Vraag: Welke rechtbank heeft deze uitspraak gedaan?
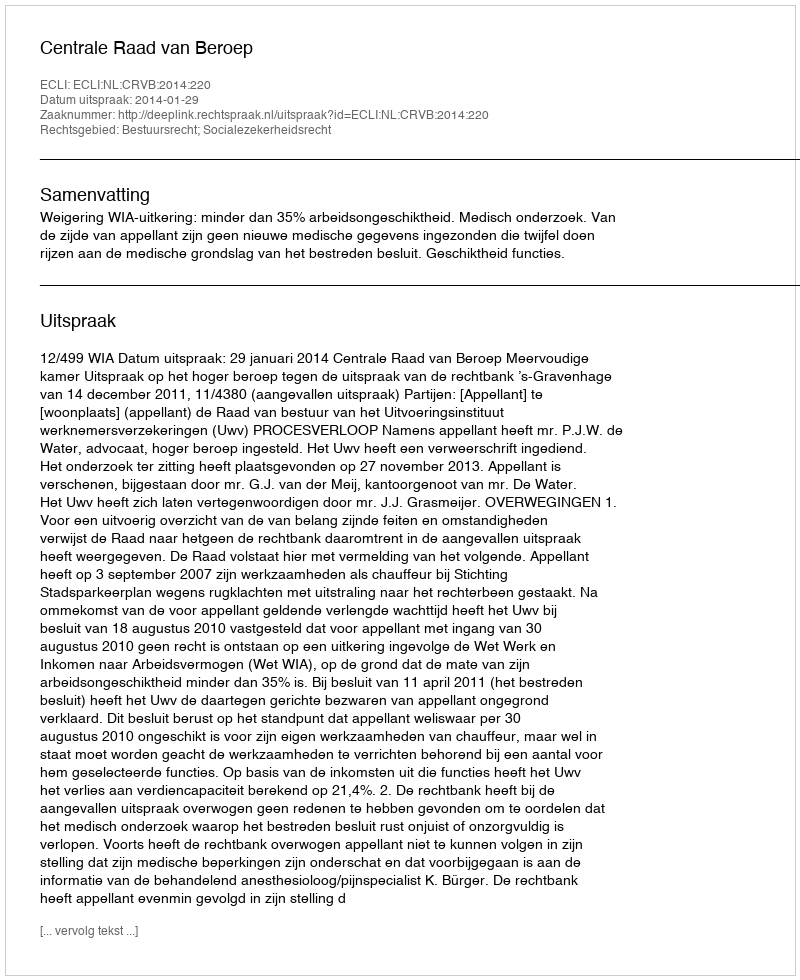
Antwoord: Centrale Raad van Beroep